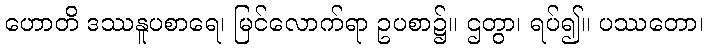
ဟောတိ ဒဿနူပစာရေ၊ မြင်လောက်ရာ ဥပစာ၌။ ဌတွာ၊ ရပ်၍။ ပဿတော၊